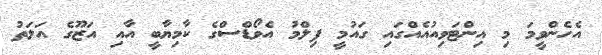
އެހެންވީމަ މި އިންޓަވިއުއެއްގައި ގައުމީ ފިލްމު އެވޯޑްސްގެ ކާމިޔާބީ އާއި އަޒޫގެ އަލަތު